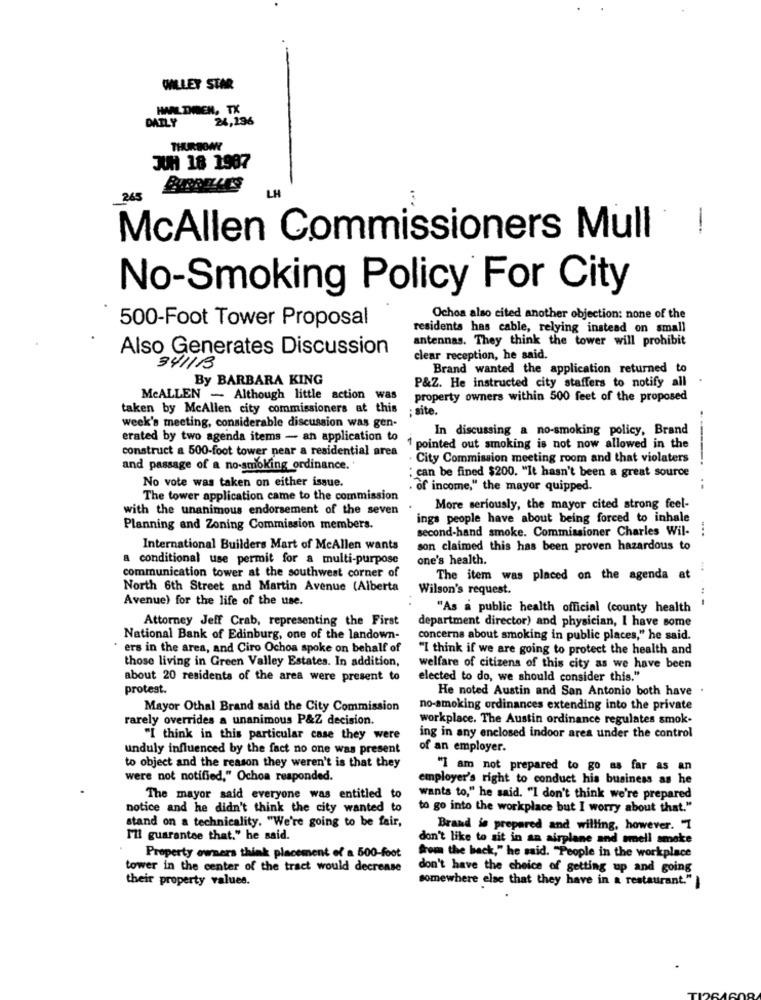
WILLEY STAR
HAAL DIMEN, TX
24,196
DAILY
THURDOWN
JUH 18 1987
1
McAllen Commissioners Mull
No-Smoking Policy For City
500-Foot Tower Proposal
Ochoa also cited another objection: none of the
residents has cable, relying instead on small
antennas. They think the tower will prohibit
Also Generates Discussion
clear reception, he said.
341113
Brand wanted the application returned to
By BARBARA KING
P&Z. He instructed city staffers to notify all
MCALLEN - Although little action was
property owners within 500 feet of the proposed
taken by McAllen city commissioners at this
; site.
week's meeting, considerable discussion was gen-
In discussing a no-smoking policy, Brand
erated by two agenda items - an application to
construct a 500-foot tower near a residential area
1 pointed out smoking is not now allowed in the
City Commission meeting room and that violaters
----.
and passage of a no-smoking ordinance.
No vote was taken on either issue.
: can be fined $200. "It hasn't been a great source
. of income," the mayor quipped.
The tower application came to the commission
with the unanimous endorsement of the seven
More seriously, the mayor cited strong feel-
ings people have about being forced to inhale
Planning and Zoning Commission members.
second-hand smoke. Commissioner Charles Wil-
International Builders Mart of McAllen wants
son claimed this has been proven hazardous to
a conditional use permit for a multi-purpose
one's health.
communication tower at the southwest corner of
The item was placed on the agenda at
North 6th Street and Martin Avenue (Alberta
Wilson's request.
Avenue) for the life of the use.
....-
"As a public health official (county health
Attorney Jeff Crab, representing the First
department director) and physician, I have some
National Bank of Edinburg, one of the landown-
concerns about smoking in public places," he said.
* ers in the area, and Ciro Ochoa spoke on behalf of
"I think if we are going to protect the health and
those living in Green Valley Estates. In addition,
welfare of citizens of this city as we have been
about 20 residents of the area were present to
elected to do, we should consider this."
protest.
He noted Austin and San Antonio both have .
Mayor Othal Brand said the City Commission
no-smoking ordinances extending into the private
rarely overrides a unanimous P&Z decision.
workplace. The Austin ordinance regulates smok.
"I think in this particular case they were
ing in any enclosed indoor area under the control
unduly influenced by the fact no one was present
of an employer.
to object and the reason they weren't is that they
"I am not prepared to go as far as an
were not notified," Ochoa responded.
employer's right to conduct his business as he
The mayor said everyone was entitled to
wants to," he said. "I don't think we're prepared
notice and he didn't think the city wanted to
to go into the workplace but I worry about that."
stand on a technicality. "We're going to be fair,
Brand is prepared and willing, however. I
I'll guarantee that." he said.
don't like to sit in an airplane and smell smoke
Property owners think placement of a 500-foot
from the back," he said. "People in the workplace
tower in the center of the tract would decrease
don't have the choice of getting up and going
their property values.
somewhere else that they have in a restaurant." }